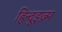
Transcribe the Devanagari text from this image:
हिन्दूइज़्म